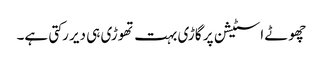
چھوٹے اسٹیشن پر گاڑی بہت تھوڑی ہی دیر رکتی ہے۔